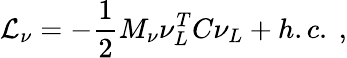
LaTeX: {\cal L}_{\nu}=-\frac{1}{2}M_{\nu}\nu_{L}^{T}C\nu_{L}+h.c.\ ,